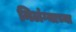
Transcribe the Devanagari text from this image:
निलंग्याच्या